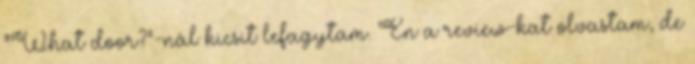
“What door?”-nál kicsit lefagytam. Én a review-kat olvastam, de